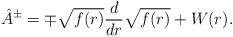
LaTeX: \begin{align*} \hat{A}^{\pm} = \mp \sqrt{f(r)} \frac{d}{dr} \sqrt{f(r)} + W(r). \end{align*}